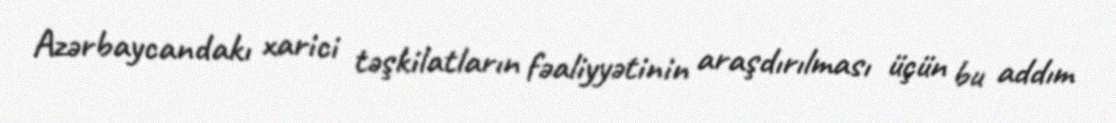
Azərbaycandakı xarici təşkilatların fəaliyyətinin araşdırılması üçün bu addım